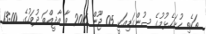
ތަކެތި ހުށަހެޅުމުގެ ސުންގަޑިއަކީ 05 ޖޫން 2016 ވާ އާދީއްތަ ދުވަހުގެ 13:00